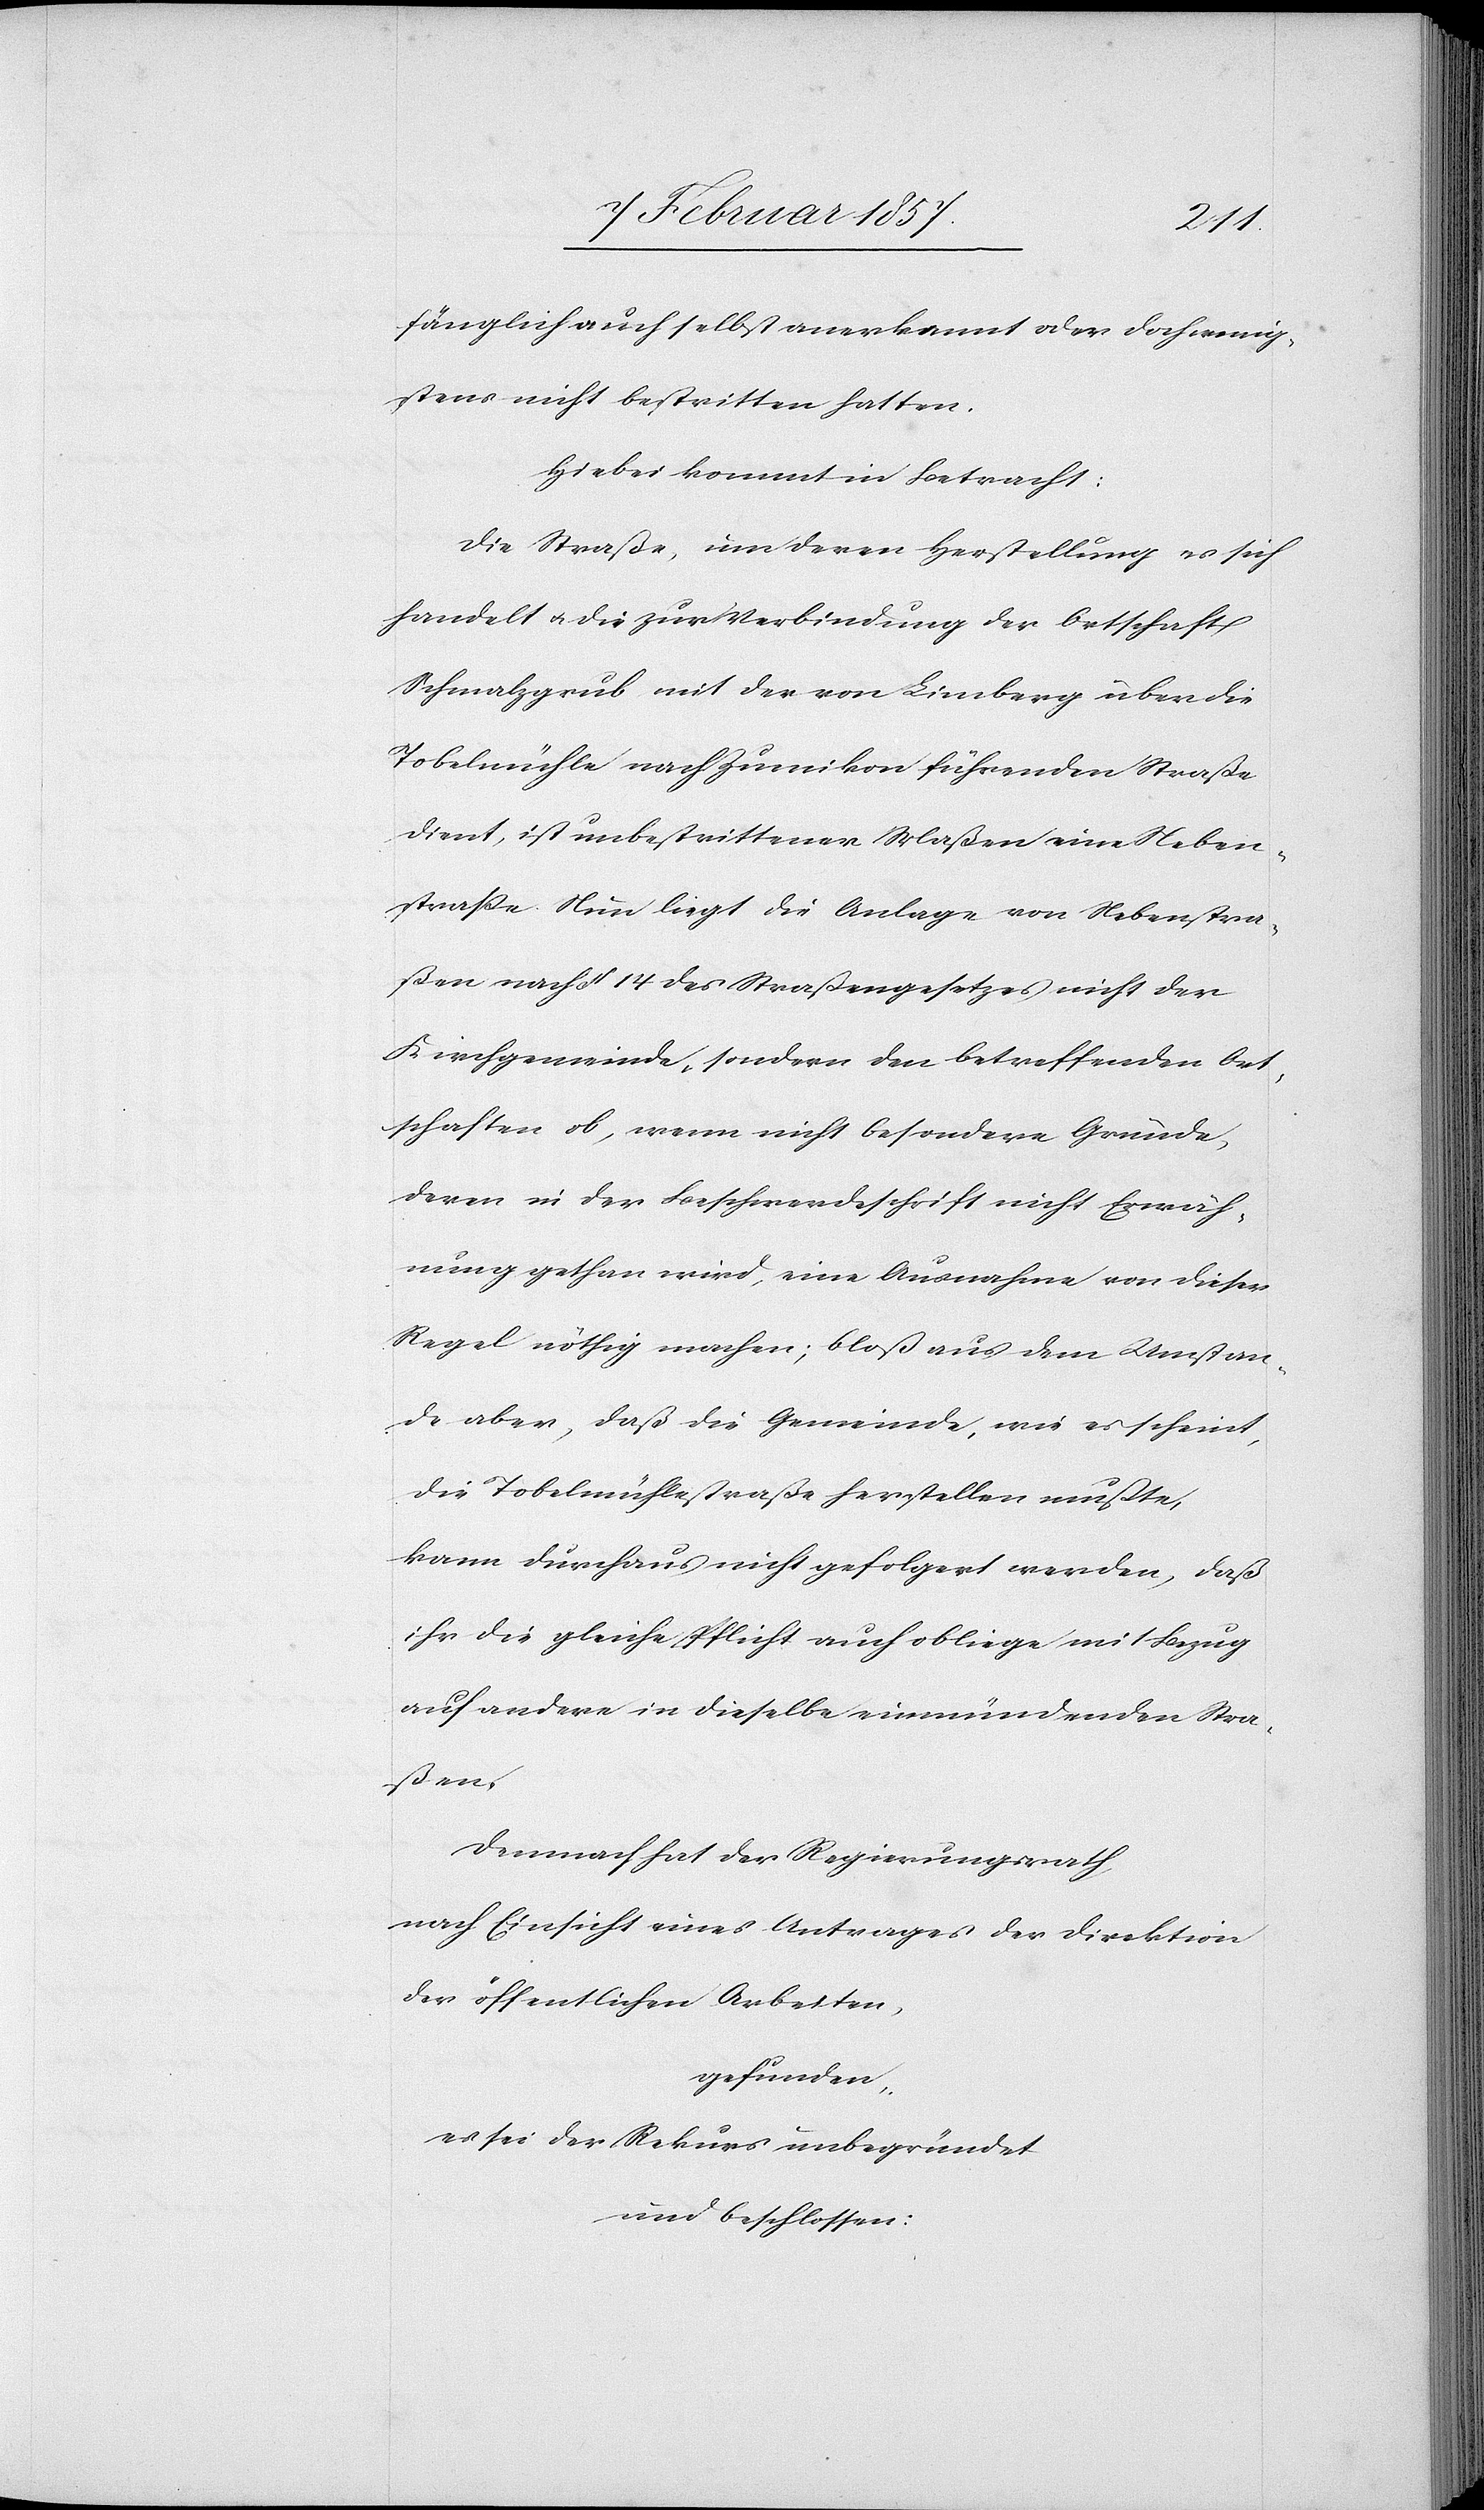
fänglich auch selbst anerkannt oder doch wenig¬
stens nicht bestritten hatten.
Hiebei kommt in Betracht:
Die Straße, um deren Herstellung es sich
handelt u. die zur Verbindung der Ortschaft
Schmalzgrub mit der von Limberg über die
Tobelmühle nach Zumikon führenden Straße
dient, ist unbestrittener Maßen eine Neben¬
strasse. Nun liegt die Anlage von Nebenstra¬
ßen nach § 14 des Strassengesetzes nicht der
Kirchgemeinde, sondern den betreffenden Ort¬
schaften ob, wenn nicht besondere Gründe,
deren in der Beschwerdeschrift nicht Erwäh¬
nung gethan wird, eine Ausnahme von dieser
Regel nöthig machen; bloss aus dem Umstan¬
de aber, daß die Gemeinde, wie es scheint,
die Tobelmühlestraße herstellen müsste,
kann durchaus nicht gefolgert werden, daß
ihr die gleiche Pflicht auch obliege mit Bezug
auf andere in dieselbe einmündenden Stra¬
ssen.
Demnach hat der Regierungsrath
nach Einsicht eines Antrages der Direktion
der öffentlichen Arbeiten,
gefunden,
es sei der Rekurs unbegründet
und beschlossen: